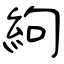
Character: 絇